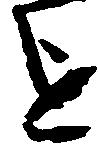
を